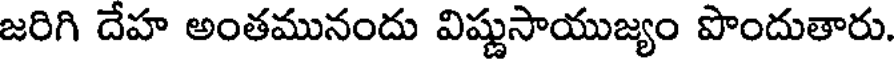
జరిగి దేహ అంతమునందు విష్ణుసాయుజ్యం పొందుతారు.